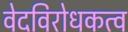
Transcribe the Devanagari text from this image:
वेदविरोधकत्व